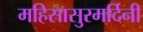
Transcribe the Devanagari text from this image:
महिसासुरमर्दिनी